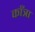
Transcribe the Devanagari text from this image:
काँत्रा